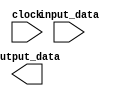
module layer #(
    parameter integer DATAWIDTH = 0,
    parameter integer INPUT_NEURONS = 0,
    parameter integer OUTPUT_NEURONS = 0,
    parameter integer LAYER_INDEX = 0
) (
    input clock,
    input [DATAWIDTH*INPUT_NEURONS-1:0] input_data,
    output [DATAWIDTH*OUTPUT_NEURONS-1:0] output_data
);

    // use the configurable OUTPUT_NEURONS parameter to
    // generate a variable number of neurons all hooked
    // up to their appropriate outputs
    genvar i;
    generate
        for (i = 0; i < OUTPUT_NEURONS; i = i + 1) begin
            neuron #(
                .DATAWIDTH(DATAWIDTH),
                .INPUT_NEURONS(INPUT_NEURONS),
                .LAYER_INDEX(LAYER_INDEX),
                .NEURON_INDEX(i)
            ) Neuron (
                .clock(clock),
                .input_data(input_data),
                .result(output_data[i*DATAWIDTH+:DATAWIDTH])
            );
        end
    endgenerate

endmodule